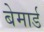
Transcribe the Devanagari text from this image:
बेमार्ड